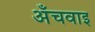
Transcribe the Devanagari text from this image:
अँचवाइ